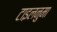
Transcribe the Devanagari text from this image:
टाइलनुमा